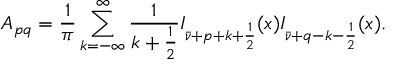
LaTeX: A _ { p q } = \frac 1 \pi \sum _ { k = - \infty } ^ { \infty } \frac 1 { k + \frac 1 2 } I _ { \bar { \nu } + p + k + \frac 1 2 } ( x ) I _ { \bar { \nu } + q - k - \frac 1 2 } ( x ) .